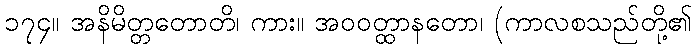
၁၇၄။ အနိမိတ္တတောတိ၊ ကား။ အဝဝတ္ထာနတော၊ (ကာလစသည်တို့၏